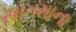
સાતમાના